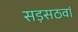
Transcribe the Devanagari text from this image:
सड़सठवां